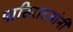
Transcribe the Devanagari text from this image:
पाठिराख्यांनी